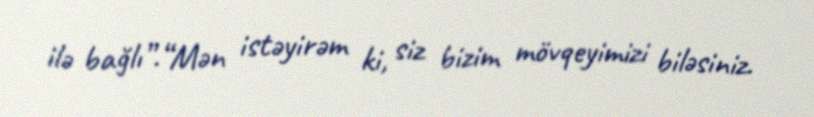
ilə bağlı”.“Mən istəyirəm ki, siz bizim mövqeyimizi biləsiniz.